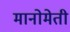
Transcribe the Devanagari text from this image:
मानोमेती